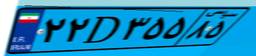
۴۳D۴۸۱۳۷